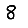
Digit: 8